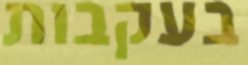
בעקבות